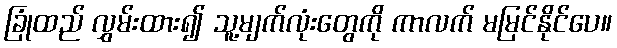
ခြုံထည် လွှမ်းထား၍ သူ့မျက်လုံးတွေကို ကာလက် မမြင်နိုင်ပေ။